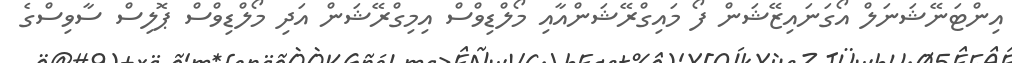
އިންޓަނޭޝަނަލް އޯގަނައިޒޭޝަން ފޯ މައިގްރޭޝަންއާއި މޯލްޑިވްސް އިމިގްރޭޝަން އަދި މޯލްޑިވްސް ޕޮލިސް ސާވިސްގެ